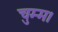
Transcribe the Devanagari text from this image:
चुम्म।